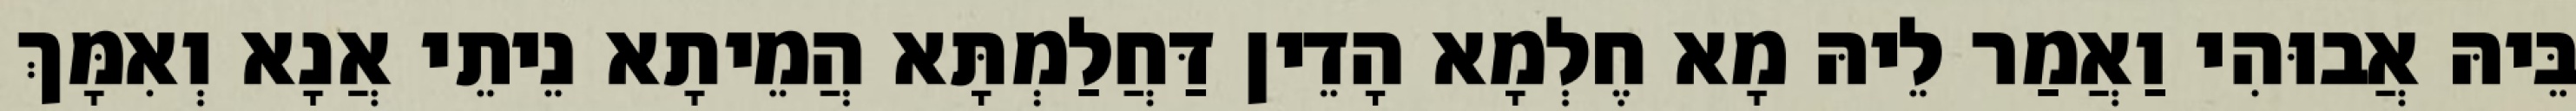
בֵּיהּ אֲבוּהִי וַאֲמַר לֵיהּ מָא חֶלְמָא הָדֵין דַּחֲלַמְתָּא הֲמֵיתָא נֵיתֵי אֲנָא וְאִמָּךְ